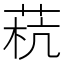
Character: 𰱓